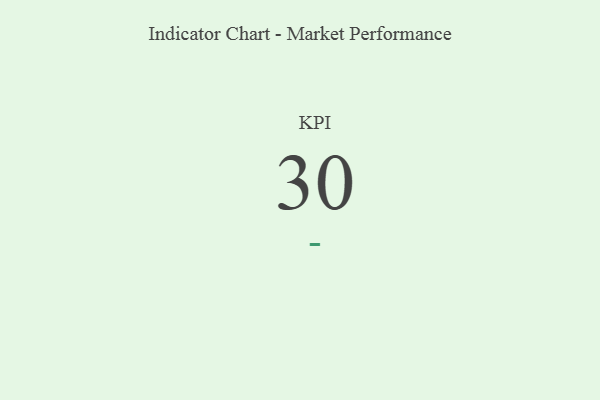
{"axis": {"x": "KPI", "y": "Value"}, "legend": [""], "data": [{"x": "KPI", "y": 30, "type": ""}]}